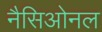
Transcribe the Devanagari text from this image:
नैसिओनल